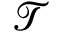
\mathcal { T }